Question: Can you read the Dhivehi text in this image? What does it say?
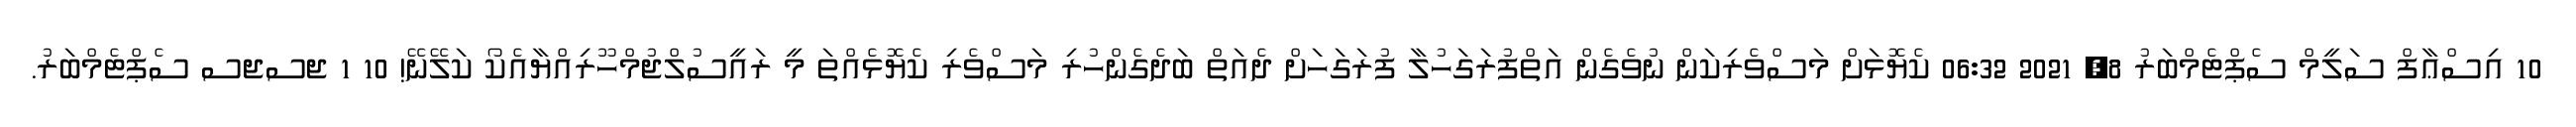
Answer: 10 އިސްޢާފް ސަލީމް ސެޕްޓެމްބަރު 8, 2021 06:32 ކެޔޮޅަށް މަސްވެރިކަން ނުވެގެން އަތްފުރަގަހުލާ ފުރަގަހަށް ދެއަތް ބަދެގެންހުރި މަސްވެރި ކެޔޮޅެއްތަ މީ ރައީސުލްޖުމްހޫރިއްޔާއެކޯ ކަލޭނޭ! 10 1 ޖސޖސ ސެޕްޓެމްބަރު.